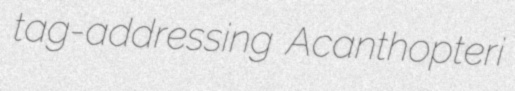
tag-addressing Acanthopteri